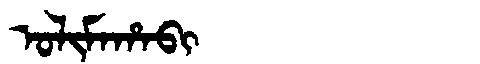
Manchu: ᠣᠯᡳᠮᠠᡥᠠᠪᡳ
Romanization: OLIMAHABI